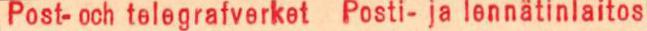
Yleisradio TX 12-735